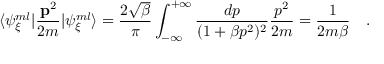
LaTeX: \langle \psi _ { { \xi } } ^ { m l } \vert \frac { { \bf { p } } ^ { 2 } } { 2 m } \vert \psi _ { { \xi } } ^ { m l } \rangle = \frac { 2 \sqrt { \beta } } { \pi } \int _ { - \infty } ^ { + \infty } \frac { d p } { ( 1 + \beta p ^ { 2 } ) ^ { 2 } } \frac { p ^ { 2 } } { 2 m } = \frac { 1 } { 2 m \beta } \quad .